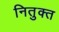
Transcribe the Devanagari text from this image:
नितुक्त